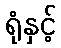
ရုံနှင့်